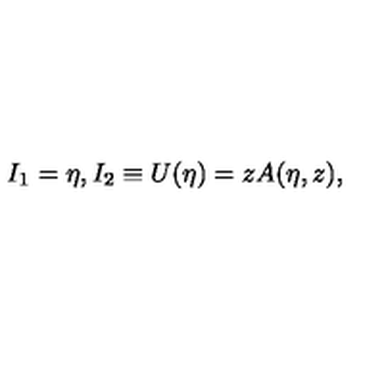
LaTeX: I _ { 1 } = \eta , I _ { 2 } \equiv U ( \eta ) = z A ( \eta , z ) ,